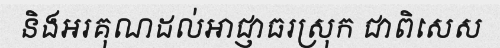
និងអរគុណដល់អាជ្ញាធរស្រុក ជាពិសេស